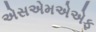
એસએમએએફ